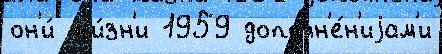
он'и́ жи́зн'и 1959 дополн'е́н'иjам'и